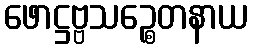
ဖောဋ္ဌဗ္ဗသဉ္စေတနာယ